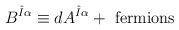
\begin{align*}B^{\hat{I}\alpha}\equiv dA^{\hat{I}\alpha}+{\rm\,\,fermions}\end{align*}